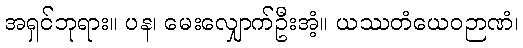
အရှင်ဘုရား။ ပန၊ မေးလျှောက်ဦးအံ့။ ယဿတံယေဝဉာဏံ၊